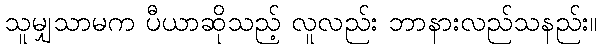
သူမျှသာမက ပီယာဆိုသည့် လူလည်း ဘာနားလည်သနည်း။